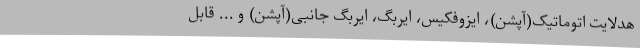
هدلایت اتوماتیک(آپشن)، ایزوفکیس، ایربگ، ایربگ جانبی(آپشن) و ... قابل